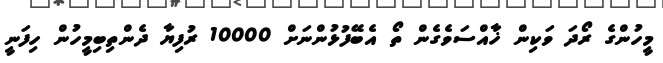
މީހުންގެ ރޯދަ ވަކިން ޚާއްސަވެގެން ތޯ އެބޭފުޅުންނަށް 10000 ރުފިޔާ ދެންތިބިމީހުން ހިފަނީ